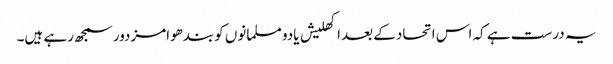
یہ درست ہے کہ اس اتحادکے بعداکھلیش یادو مسلمانوں کوبندھوامزدورسمجھ رہے ہیں۔